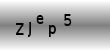
Text: Zjep5